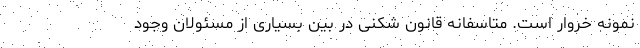
نمونه خروار است. متاسفانه قانون شکنی در بین بسیاری از مسئولان وجود